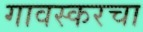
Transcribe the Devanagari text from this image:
गावस्करचा